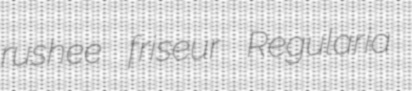
rushee friseur Regularia